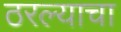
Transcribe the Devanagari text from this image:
ठरल्याचा